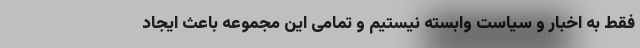
فقط به اخبار و سیاست وابسته نیستیم و تمامی این مجموعه باعث ایجاد